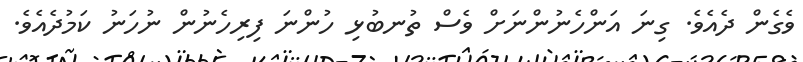
ވެގެން ދެއެވެ. ގިނަ އަންހެނުންނަށް ވެސް ތުނބުޅި ހުންނަ ފިރިހެނުން ނުހަނު ކަމުދެއެވެ.